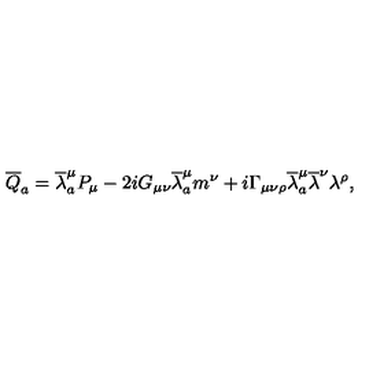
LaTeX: { \overline { { Q } } } _ { a } = { \overline { \lambda } } _ { a } ^ { \mu } P _ { \mu } - 2 i G _ { \mu \nu } { \overline { \lambda } } _ { a } ^ { \mu } m ^ { \nu } + i \Gamma _ { \mu \nu \rho } { \overline { \lambda } } _ { a } ^ { \mu } { \overline { \lambda } } ^ { \nu } \lambda ^ { \rho } ,